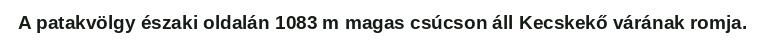
A patakvölgy északi oldalán 1083 m magas csúcson áll Kecskekő várának romja.